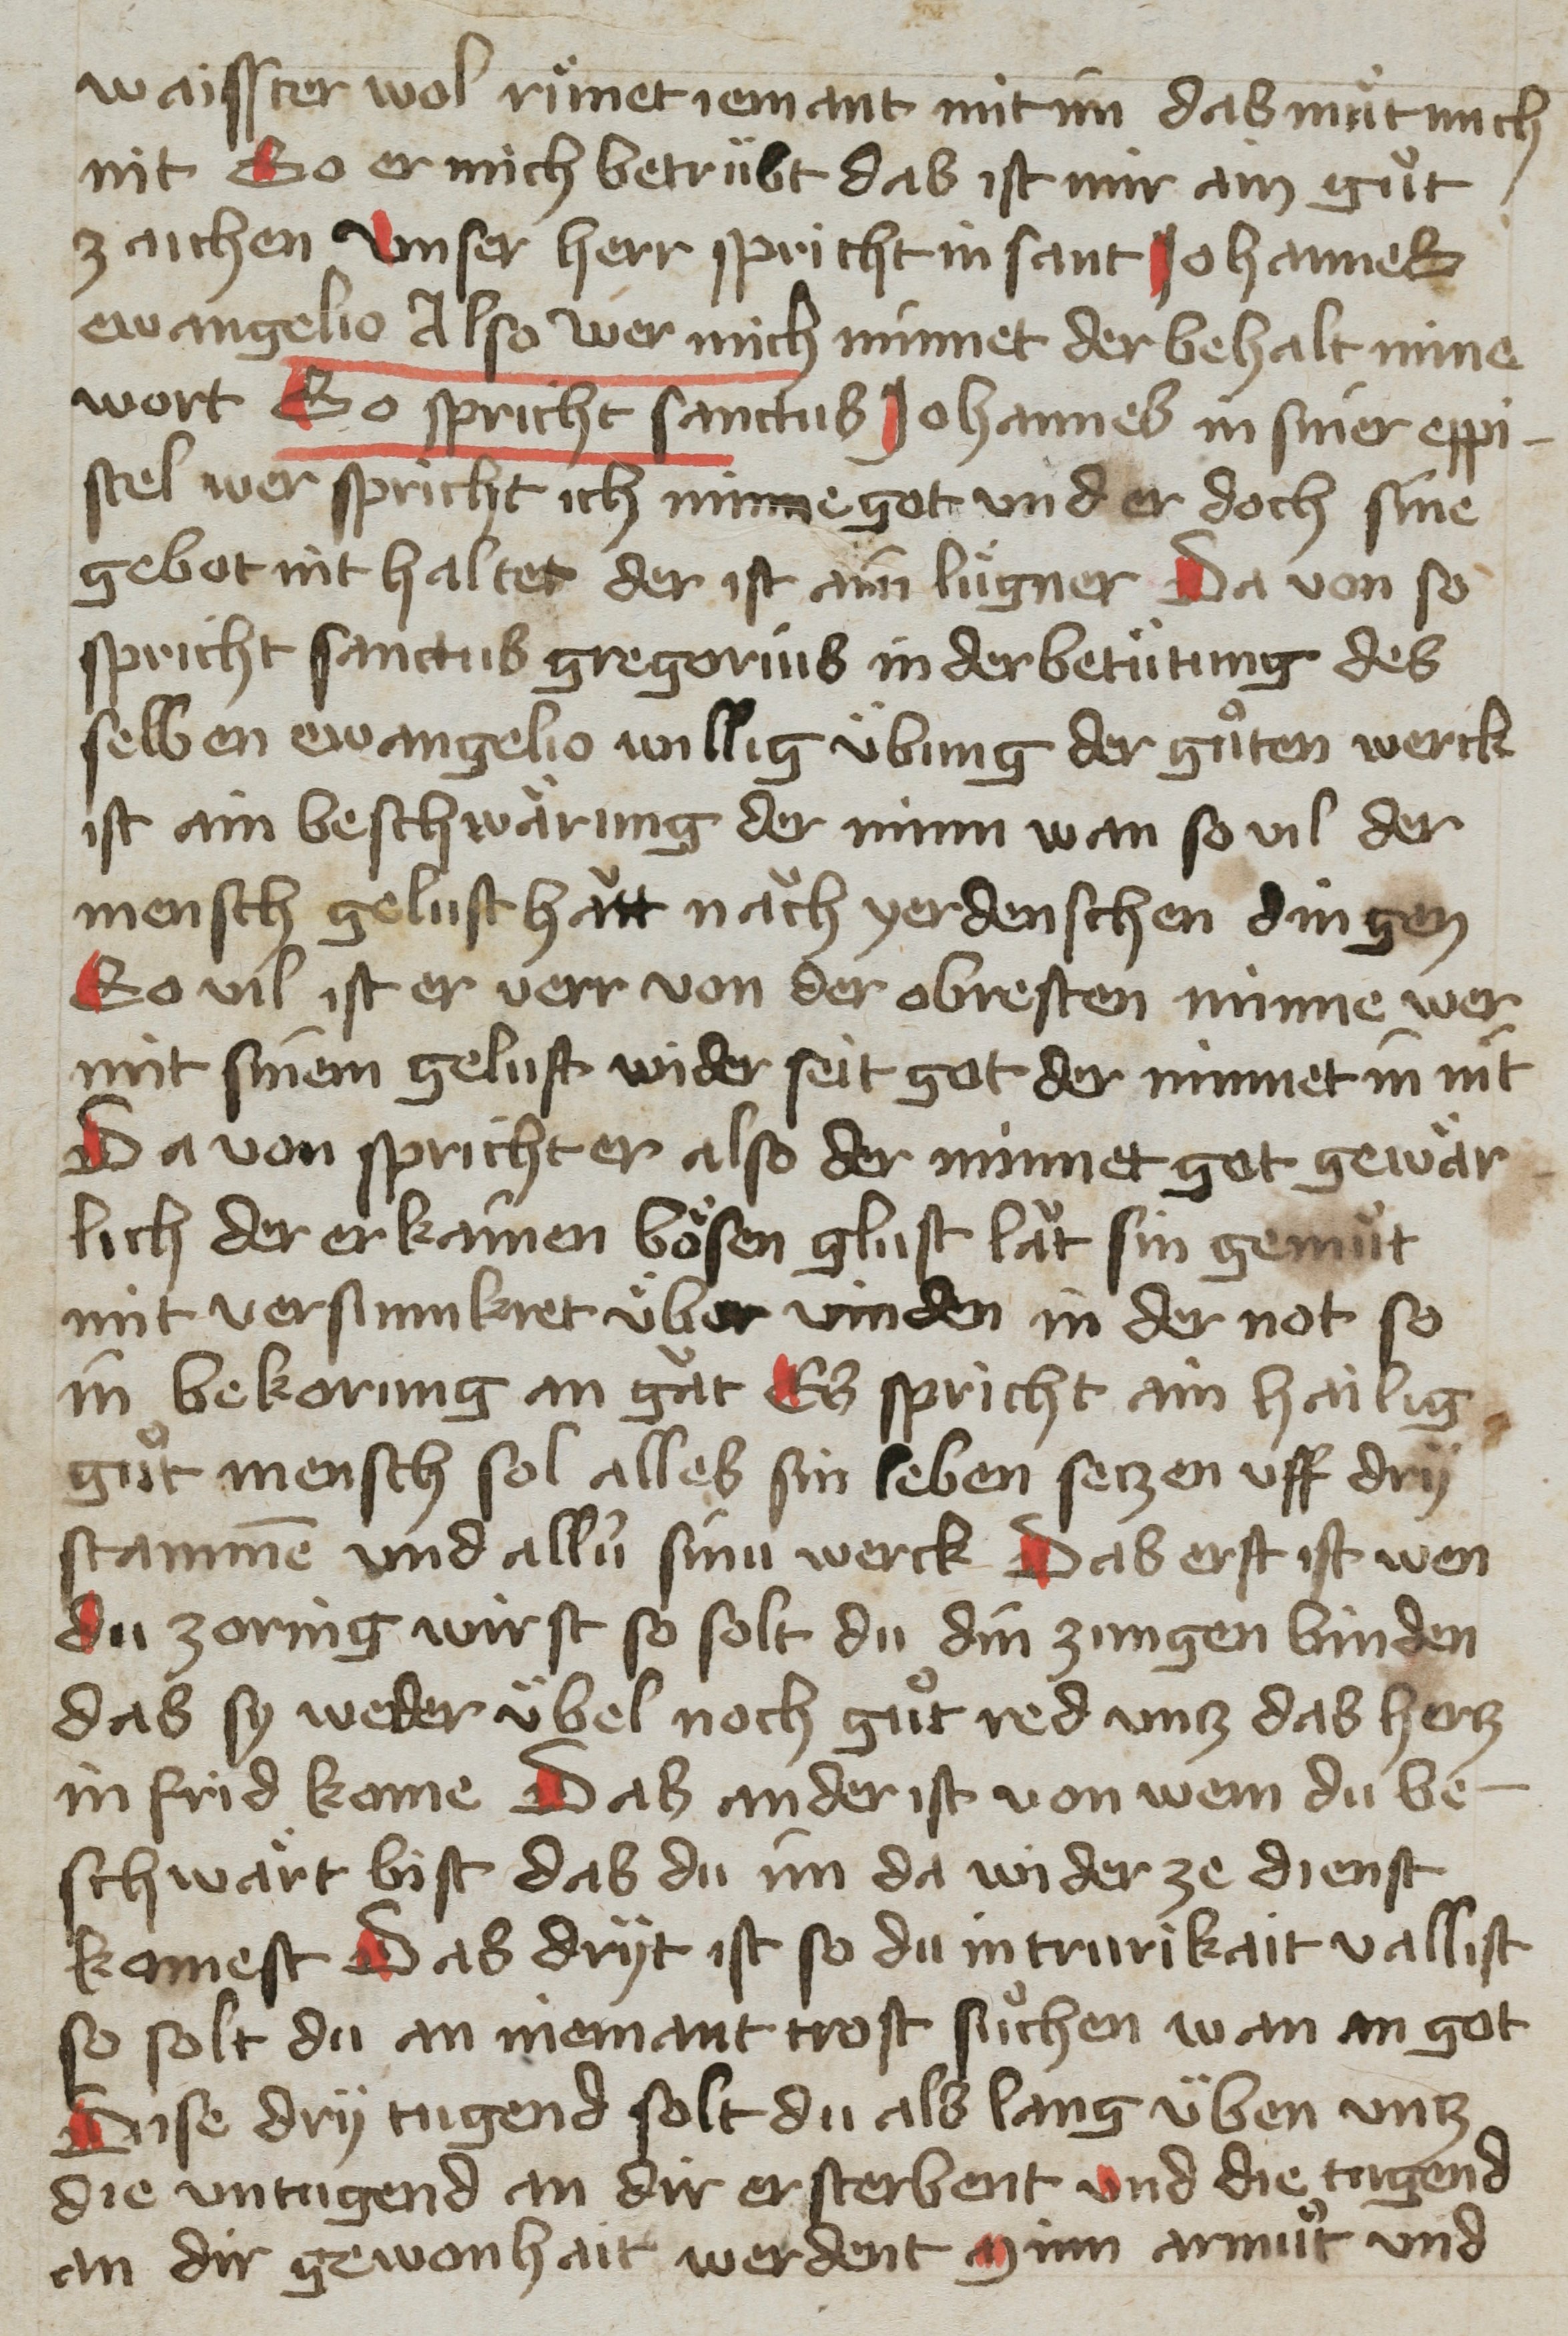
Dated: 1400–1499